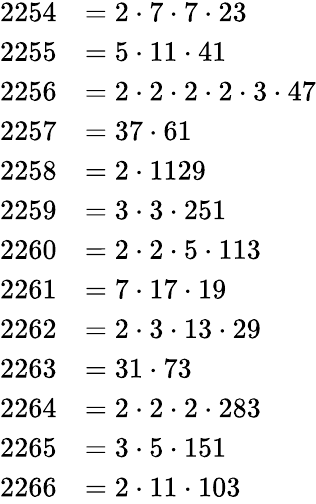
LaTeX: \begin{array}{rl}{2254}&{=2\cdot 7\cdot 7\cdot 23}\\ {2255}&{=5\cdot 11\cdot 41}\\ {2256}&{=2\cdot 2\cdot 2\cdot 2\cdot 3\cdot 47}\\ {2257}&{=37\cdot 61}\\ {2258}&{=2\cdot 1129}\\ {2259}&{=3\cdot 3\cdot 251}\\ {2260}&{=2\cdot 2\cdot 5\cdot 113}\\ {2261}&{=7\cdot 17\cdot 19}\\ {2262}&{=2\cdot 3\cdot 13\cdot 29}\\ {2263}&{=31\cdot 73}\\ {2264}&{=2\cdot 2\cdot 2\cdot 283}\\ {2265}&{=3\cdot 5\cdot 151}\\ {2266}&{=2\cdot 11\cdot 103}\end{array}